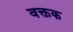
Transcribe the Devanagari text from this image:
वक्तक